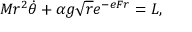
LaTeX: M r ^ { 2 } \dot { \theta } + \alpha g { \sqrt r } e ^ { - e F r } = L ,